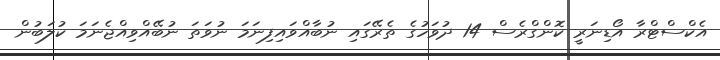
އެކްސްޓްރާ އޯޑިނަރީ ކޮންގްރެސް 14 ދުވަހުގެ ތެރޭގައި ނުބާއްވައިފިނަމަ ނުވަތަ ނުބޭއްވިއްޖެނަމަ ކުލަބުން